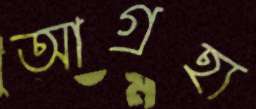
আগ্রহ্য